Civil Veterinary Department Bihar & Orissa reports 1929-36 - 1929-1936
Year: 1929
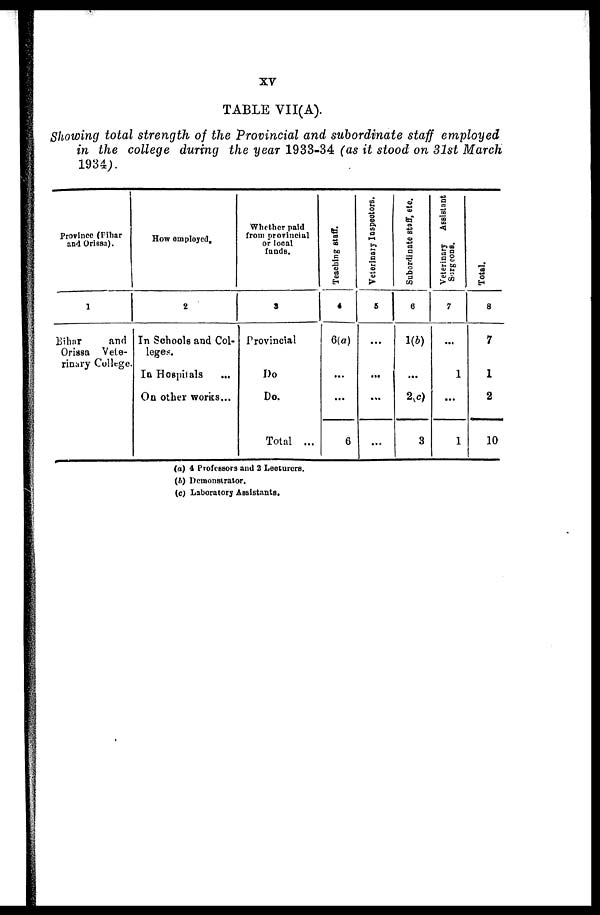
xv
TABLE VII(A).
Showing total strength of the Provincial and subordinate staff employed
in the college during the year 1933-34 (as it stood on 31st March
1934).
Province (Fibar
and Orissa).
1
Bihar
and
Orissa Vete-
rinary College.
How employed.
2
In Schools and Col-
leges.
In Hospitals
...
On other works...
Whether paid
from provincial
or local
funds.
3
Provincial
Do.
Do.
Total ...
Teaching staff.
4
6(a)
...
...
6
Veterinary Inspectors.
5
...
...
...
...
Subordinate staff, etc.
6
1(b)
...
2(c)
3
Veterinary Assistant
Surgeons.
7
...
1
...
1
Total.
8
7
1
2
10
(a) 4 Professors and 2 Lecturers.
(b) Demonstrator.
(c) Laboratory Assistants.